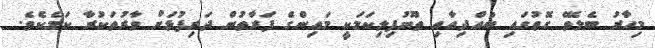
މިހާރު ބެލެވޭ ގޮތުގައި ބުއްދިއާއި ތޫނުފިލިކަމަކީ މައިންގެ ފަރާތުން ދަރިފުޅަށް ވާރުތަކުރާ ކަމެކެވެ.